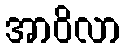
အာဝိလာ